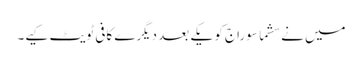
میں نے سشما سوراج کو یکے بعد دیگرے کافی ٹویٹ کیے۔